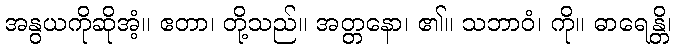
အနွယကိုဆိုအံ့။ ဧတာ၊ တို့သည်။ အတ္တနော၊ ၏။ သဘာဝံ၊ ကို။ ဓာရေန္တိ၊